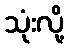
သုံးလို့